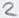
Text: 2